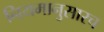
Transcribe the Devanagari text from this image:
नियमानुसारच